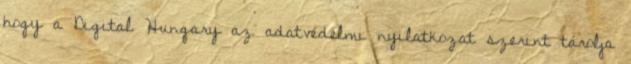
hogy a Digital Hungary az adatvédelmi nyilatkozat szerint tárolja